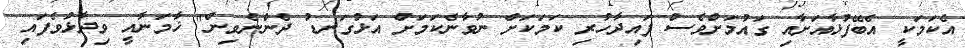
އެކަމަކީ އެބޭފުޅާއަށާއި ގައުމަށްވެސް ފައިދާހުރި ކަމަކަށް ނުވާނެކަމަށް އަޅުގަނޑު ދެންނެވިން" ޚާމަނާއީ ވިދާޅުވެފައި